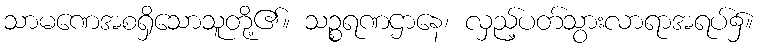
သာမဏေအစရှိသောသူတို့၏။ သဉ္စရဏဌာနေ၊ လှည့်ပတ်သွားလာရာအရပ်၌။